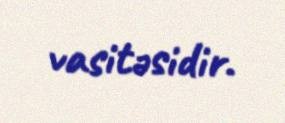
vasitəsidir.